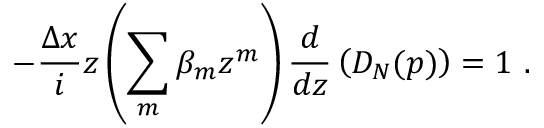
- { \frac { \Delta x } { i } } z \left( \sum _ { m } \beta _ { m } z ^ { m } \right) { \frac { d } { d z } } \left( D _ { N } ( p ) \right) = 1 \ .